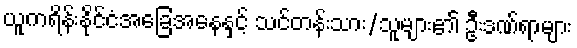
ယူကရိန်းနိုင်ငံအခြေအနေနှင့် သင်တန်းသား/သူများ၏ ဦးဒဏ်ရာများ